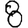
Digit: 8